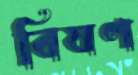
বিষণ